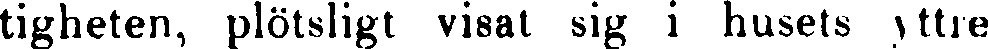
tigheten, plötsligt visat sig i husets yttre